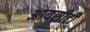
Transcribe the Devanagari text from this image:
आयसीटी